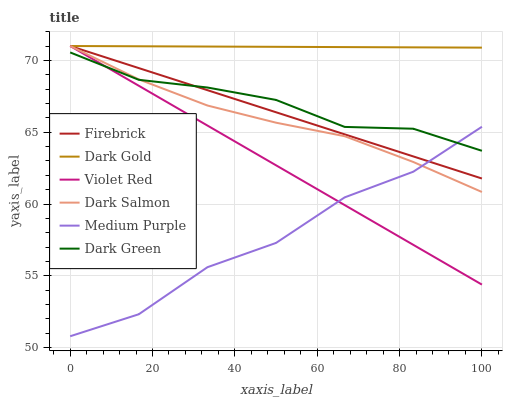
| xaxis_label | Firebrick | Dark Gold | Violet Red | Dark Salmon | Medium Purple | Dark Green |
 | --- | --- | --- | --- | --- | --- | --- |
 | 0 | 71 | 71 | 71 | 71 | 50.8 | 70.6 |
 | 16.7 | 69.5 | 71 | 68.2 | 68.7 | 52.3 | 68.6 |
 | 33.3 | 67.9 | 71 | 65.5 | 66.9 | 55.6 | 68.1 |
 | 50 | 66.4 | 70.9 | 62.7 | 65.7 | 57.3 | 67.2 |
 | 66.7 | 64.9 | 70.9 | 59.9 | 64.7 | 60.5 | 65.4 |
 | 83.3 | 63.3 | 70.9 | 57.2 | 62.9 | 62.3 | 65.2 |
 | 100 | 61.8 | 70.9 | 54.4 | 60.8 | 65.4 | 63.7 |